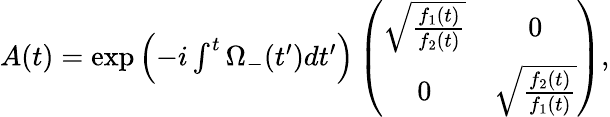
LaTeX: \begin{array}{r}{A(t)=\exp\left(-i\int^{t}\Omega_{-}(t^{\prime})dt^{\prime}\right)\left(\begin{array}{cc}{\sqrt{\frac{f_{1}(t)}{f_{2}(t)}}}&{0}\\ {0}&{\sqrt{\frac{f_{2}(t)}{f_{1}(t)}}}\end{array}\right),}\end{array}